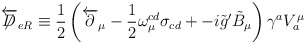
\begin{align*}\overleftarrow{\not\!\!D}_{eR}\equiv\frac{1}{2}\left(\overleftarrow{\partial}_{\mu}-\frac{1}{2}\omega_{\mu}^{cd}\sigma_{cd}+-i\tilde{g}^{\prime}\tilde{B}_{\mu}\right)\gamma^{a}V_{a}^{\mu}\end{align*}